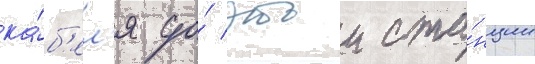
ка́б'ел'я до́ этои ста́нции